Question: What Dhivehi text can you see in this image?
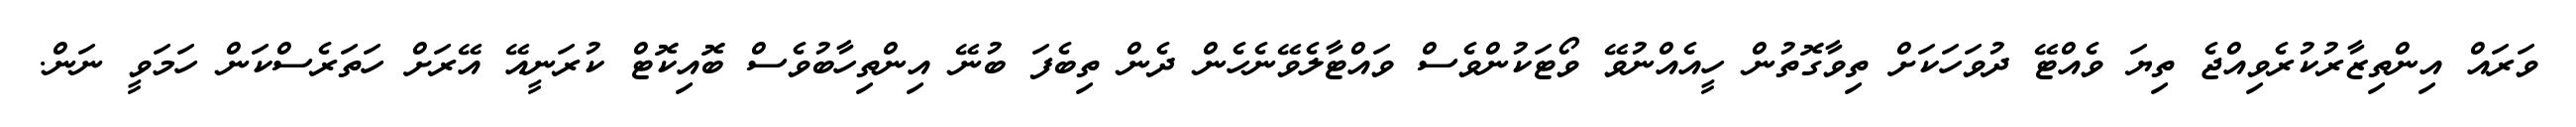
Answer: ވަރައް އިންތިޒާރުކުރެވިއްޖެ ތިޔަ ވެއްޓޭ ދުވަހަކަށް ތިވާގޮތުން ހީއެއްނުވޭ ވޯޓަކުންވެސް ވައްޓާލެވޭނެހެން ދެން ތިބެފަ ބުނޭ އިންތިހާބުވެސް ބޮއިކޮޓް ކުރަނީއޭ އޭރަށް ހަތަރެސްކަން ހަމަވީ ނަން.